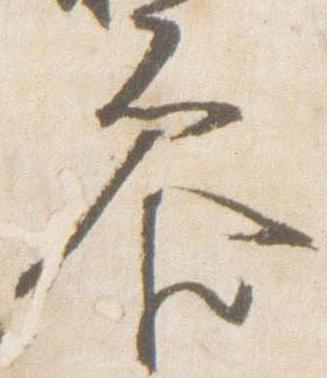
参